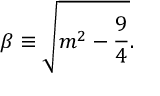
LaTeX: \beta \equiv \sqrt { m ^ { 2 } - \frac { 9 } { 4 } } .